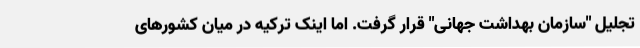
تجلیل "سازمان بهداشت جهانی" قرار گرفت. اما اینک ترکیه در میان کشورهای